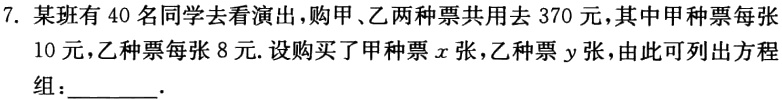
\(\begin{cases}x + y = 40\\10x + 8y = 370\end{cases}\)